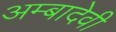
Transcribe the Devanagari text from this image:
अम्बादेवी